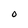
Character: O